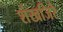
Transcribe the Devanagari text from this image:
शंखजिरे